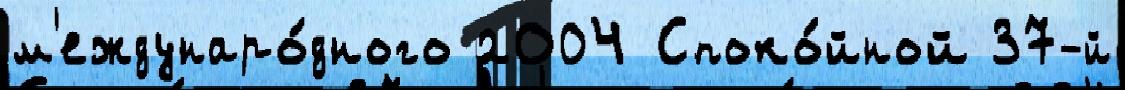
м'еждунаро́дного 2004 Споко́йной 37-й